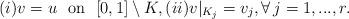
LaTeX: \begin{align*}(i)v=u\ \ \mathrm{on}\ \ [0,1]\setminus K,(ii)v|_{K_j}=v_j,\forall\,j=1,...,r.\end{align*}